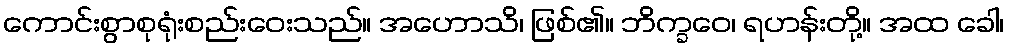
ကောင်းစွာစုရုံးစည်းဝေးသည်။ အဟောသိ၊ ဖြစ်၏။ ဘိက္ခဝေ၊ ရဟန်းတို့။ အထ ခေါ၊